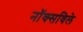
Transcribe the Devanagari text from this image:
नाॅक्सविले